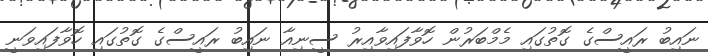
ނައިބު ރައީސްގެ ގޮތުގައި މެމްބަރުން ހޮވާފައިވާއިރު ސީނިއާ ނައިބު ރައީސްގެ ގޮތުގައި ހޮވާފައިވަނީ